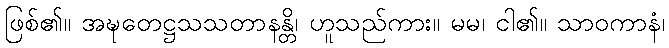
ဖြစ်၏။ အဍ္ဎတေဋ္ဌသသတာနန္တိ၊ ဟူသည်ကား။ မမ၊ ငါ၏။ သာဝကာနံ၊